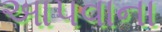
આપવાના